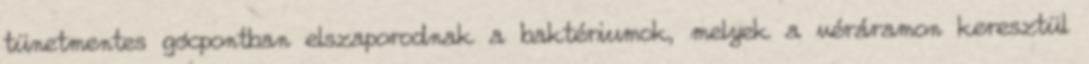
tünetmentes gócpontban elszaporodnak a baktériumok, melyek a véráramon keresztül